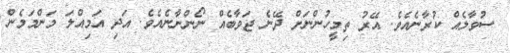
ސުވާލެއް ކުރާނެއެވެ. އޭރު ތިމީހުންނަށް ދޭނެ ޖަވާބެއް ނޯންނާނެއެވެ. އަދި އަމިއްލަ މަންމަމެން